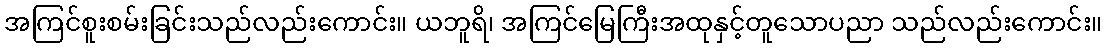
အကြင်စူးစမ်းခြင်းသည်လည်းကောင်း။ ယဘူရိ၊ အကြင်မြေကြီးအထုနှင့်တူသောပညာ သည်လည်းကောင်း။